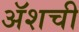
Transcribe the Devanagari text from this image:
ॲशची